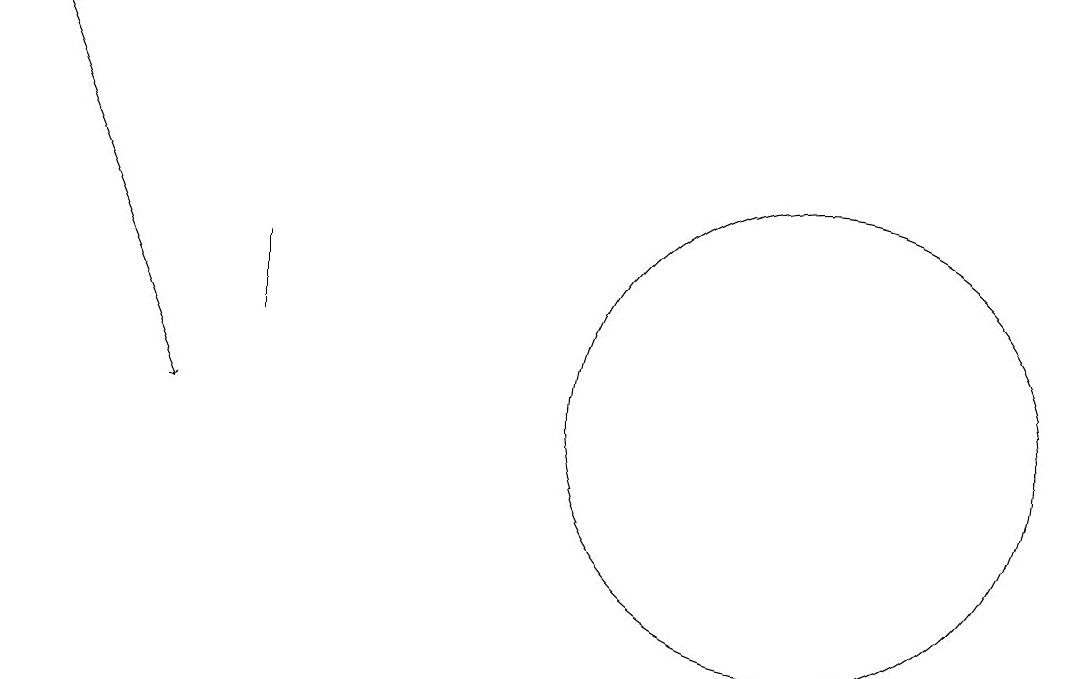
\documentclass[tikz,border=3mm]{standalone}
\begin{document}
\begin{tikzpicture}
\draw[->] (0,16) -- (2,11);
\draw (3,12) rectangle (3,13);
\draw (10,11) circle (3);
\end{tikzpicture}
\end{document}